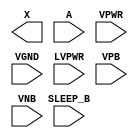
module sky130_fd_sc_hvl__lsbuflv2hv_clkiso_hlkg (
    X      ,
    A      ,
    SLEEP_B,
    VPWR   ,
    VGND   ,
    LVPWR  ,
    VPB    ,
    VNB
);

    output X      ;
    input  A      ;
    input  SLEEP_B;
    input  VPWR   ;
    input  VGND   ;
    input  LVPWR  ;
    input  VPB    ;
    input  VNB    ;
endmodule